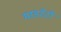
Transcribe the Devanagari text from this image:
माडरेटों